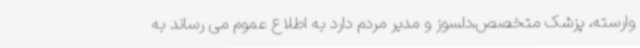
وارسته، پزشک متخصص،دلسوز و مدیر مردم دارد به اطلاع عموم می رساند به